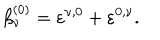
\beta _ { \nu } ^ { ( 0 ) } = \varepsilon ^ { \nu , 0 } + \varepsilon ^ { 0 , \nu } .